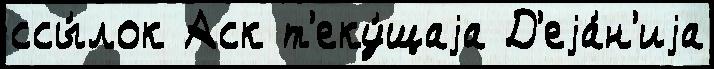
ссы́лок Аск т'еку́щаjа Д'еjа́н'иjа